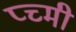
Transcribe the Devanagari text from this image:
प्च्मी